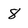
Character: 8